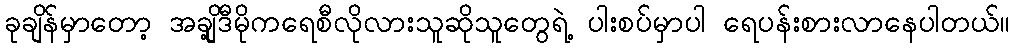
ခုချိန်မှာတော့ အချို့ဒီမိုကရေစီလိုလားသူဆိုသူတွေရဲ့ ပါးစပ်မှာပါ ရေပန်းစားလာနေပါတယ်။